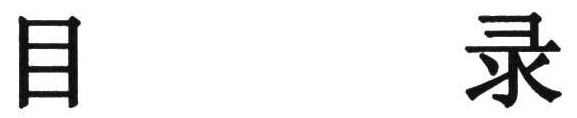
目 录